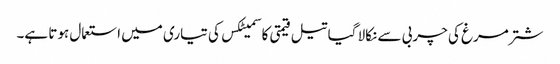
شتر مرغ کی چربی سے نکالا گیا تیل قیمتی کاسمیٹکس کی تیاری میں استعمال ہوتا ہے۔